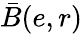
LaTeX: \bar{B}(e,r)